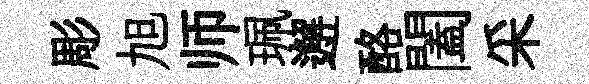
彫旭师珮邂酪闔采